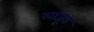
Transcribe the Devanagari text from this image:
लांजूड